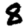
Digit: 8